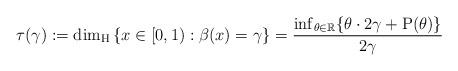
LaTeX: \begin{align*}\tau(\gamma):= \dim_{\rm H} \left\{x \in [0,1): \beta(x) = \gamma \right\} = \frac{\inf_{\theta \in \mathbb{R}}\{\theta\cdot 2\gamma + \mathrm{P}(\theta)\}}{2\gamma}\end{align*}